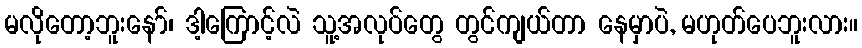
မလိုတော့ဘူးနော်၊ ဒါ့ကြောင့်လဲ သူ့အလုပ်တွေ တွင်ကျယ်တာ နေမှာပဲ, မဟုတ်ပေဘူးလား။